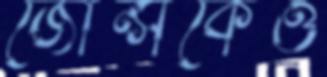
জোন্সকেও